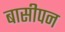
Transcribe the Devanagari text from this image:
बासीपन